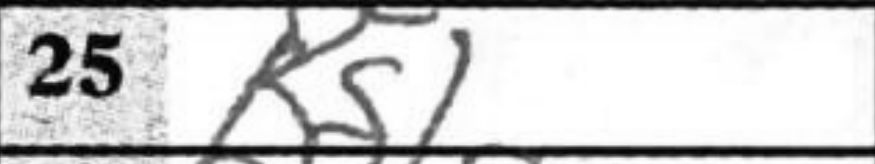
Transcription: Kg1